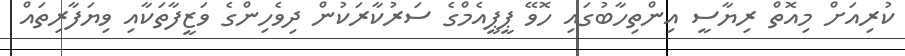
ކުރިއަށް މިއޮތް ރިޔާސީ އިންތިހާބުގައި ހޮވޭ ޕީޕީއެމްގެ ސަރުކާރަކުން ދިވެހިންގެ ވަޒީފާތަކާއި ވިޔަފާރިތައް